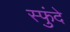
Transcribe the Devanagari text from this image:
स्फुंदे